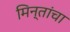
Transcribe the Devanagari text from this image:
मिन्तांचा